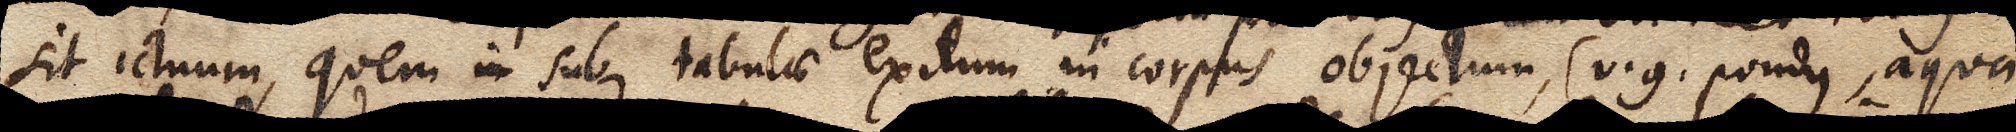
sit ictuum, quem in sub tabulae exitum in corpus objectum, (v.g. pondus, aqua